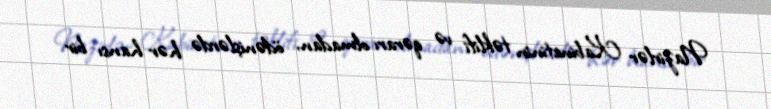
Nazirlər Kabinetinin təklifi və qərarı olmadan, ödənişlərdə hər hansı bir